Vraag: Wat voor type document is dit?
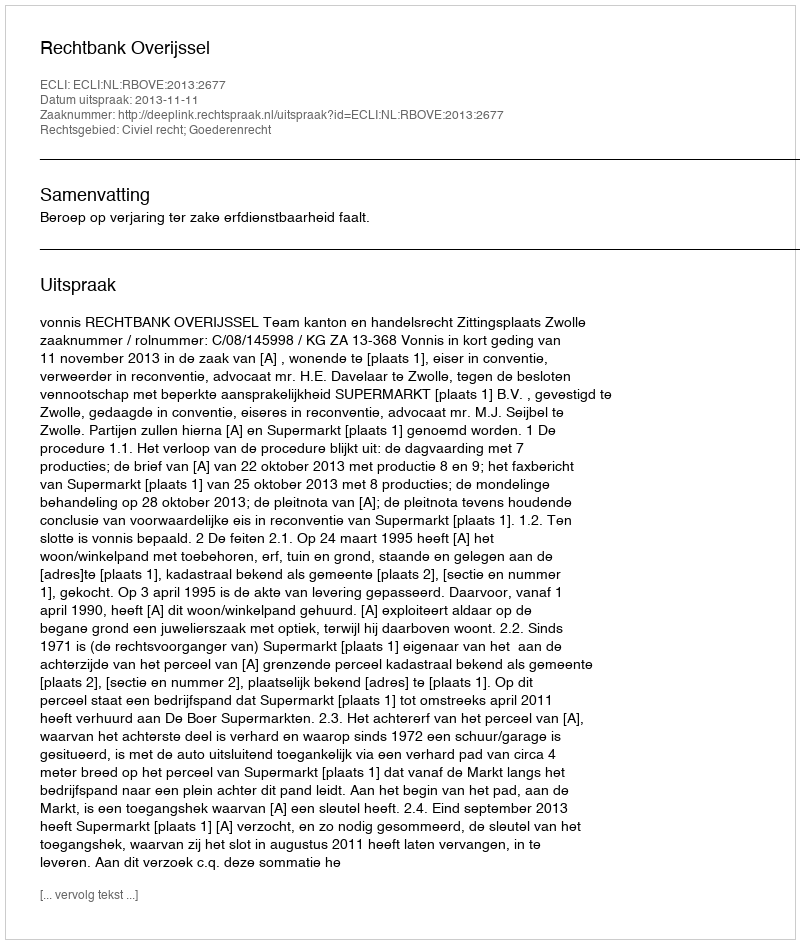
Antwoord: Uitspraak